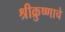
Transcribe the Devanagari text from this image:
श्रीक्रुष्णाचे